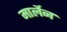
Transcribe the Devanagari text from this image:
मार्लेन